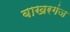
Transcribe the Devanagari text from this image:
बाखरगंज